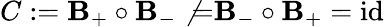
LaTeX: C:=\mathbf{B}_{+}\circ\mathbf{B}_{-}\not{=}\mathbf{B}_{-}\circ\mathbf{B}_{+}=\mathrm{{id}}